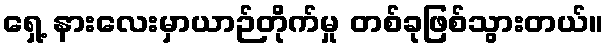
ရှေ့ နားလေးမှာယာဉ်တိုက်မှု တစ်ခုဖြစ်သွားတယ်။